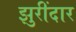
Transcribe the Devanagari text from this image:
झुरींदार